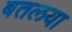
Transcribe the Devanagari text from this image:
बतलया